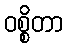
ဝစ္စိတာ